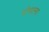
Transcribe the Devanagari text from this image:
रोगाना